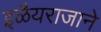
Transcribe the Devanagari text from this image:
इळैयराजाने